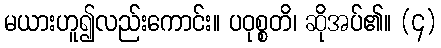
မယားဟူ၍လည်းကောင်း။ ပဝုစ္စတိ၊ ဆိုအပ်၏။ (၄)